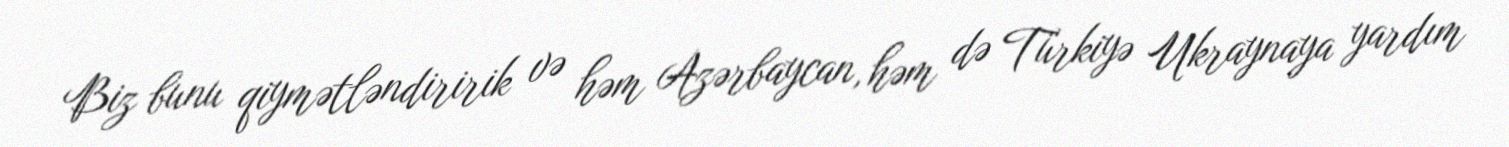
Biz bunu qiymətləndiririk və həm Azərbaycan, həm də Türkiyə Ukraynaya yardım